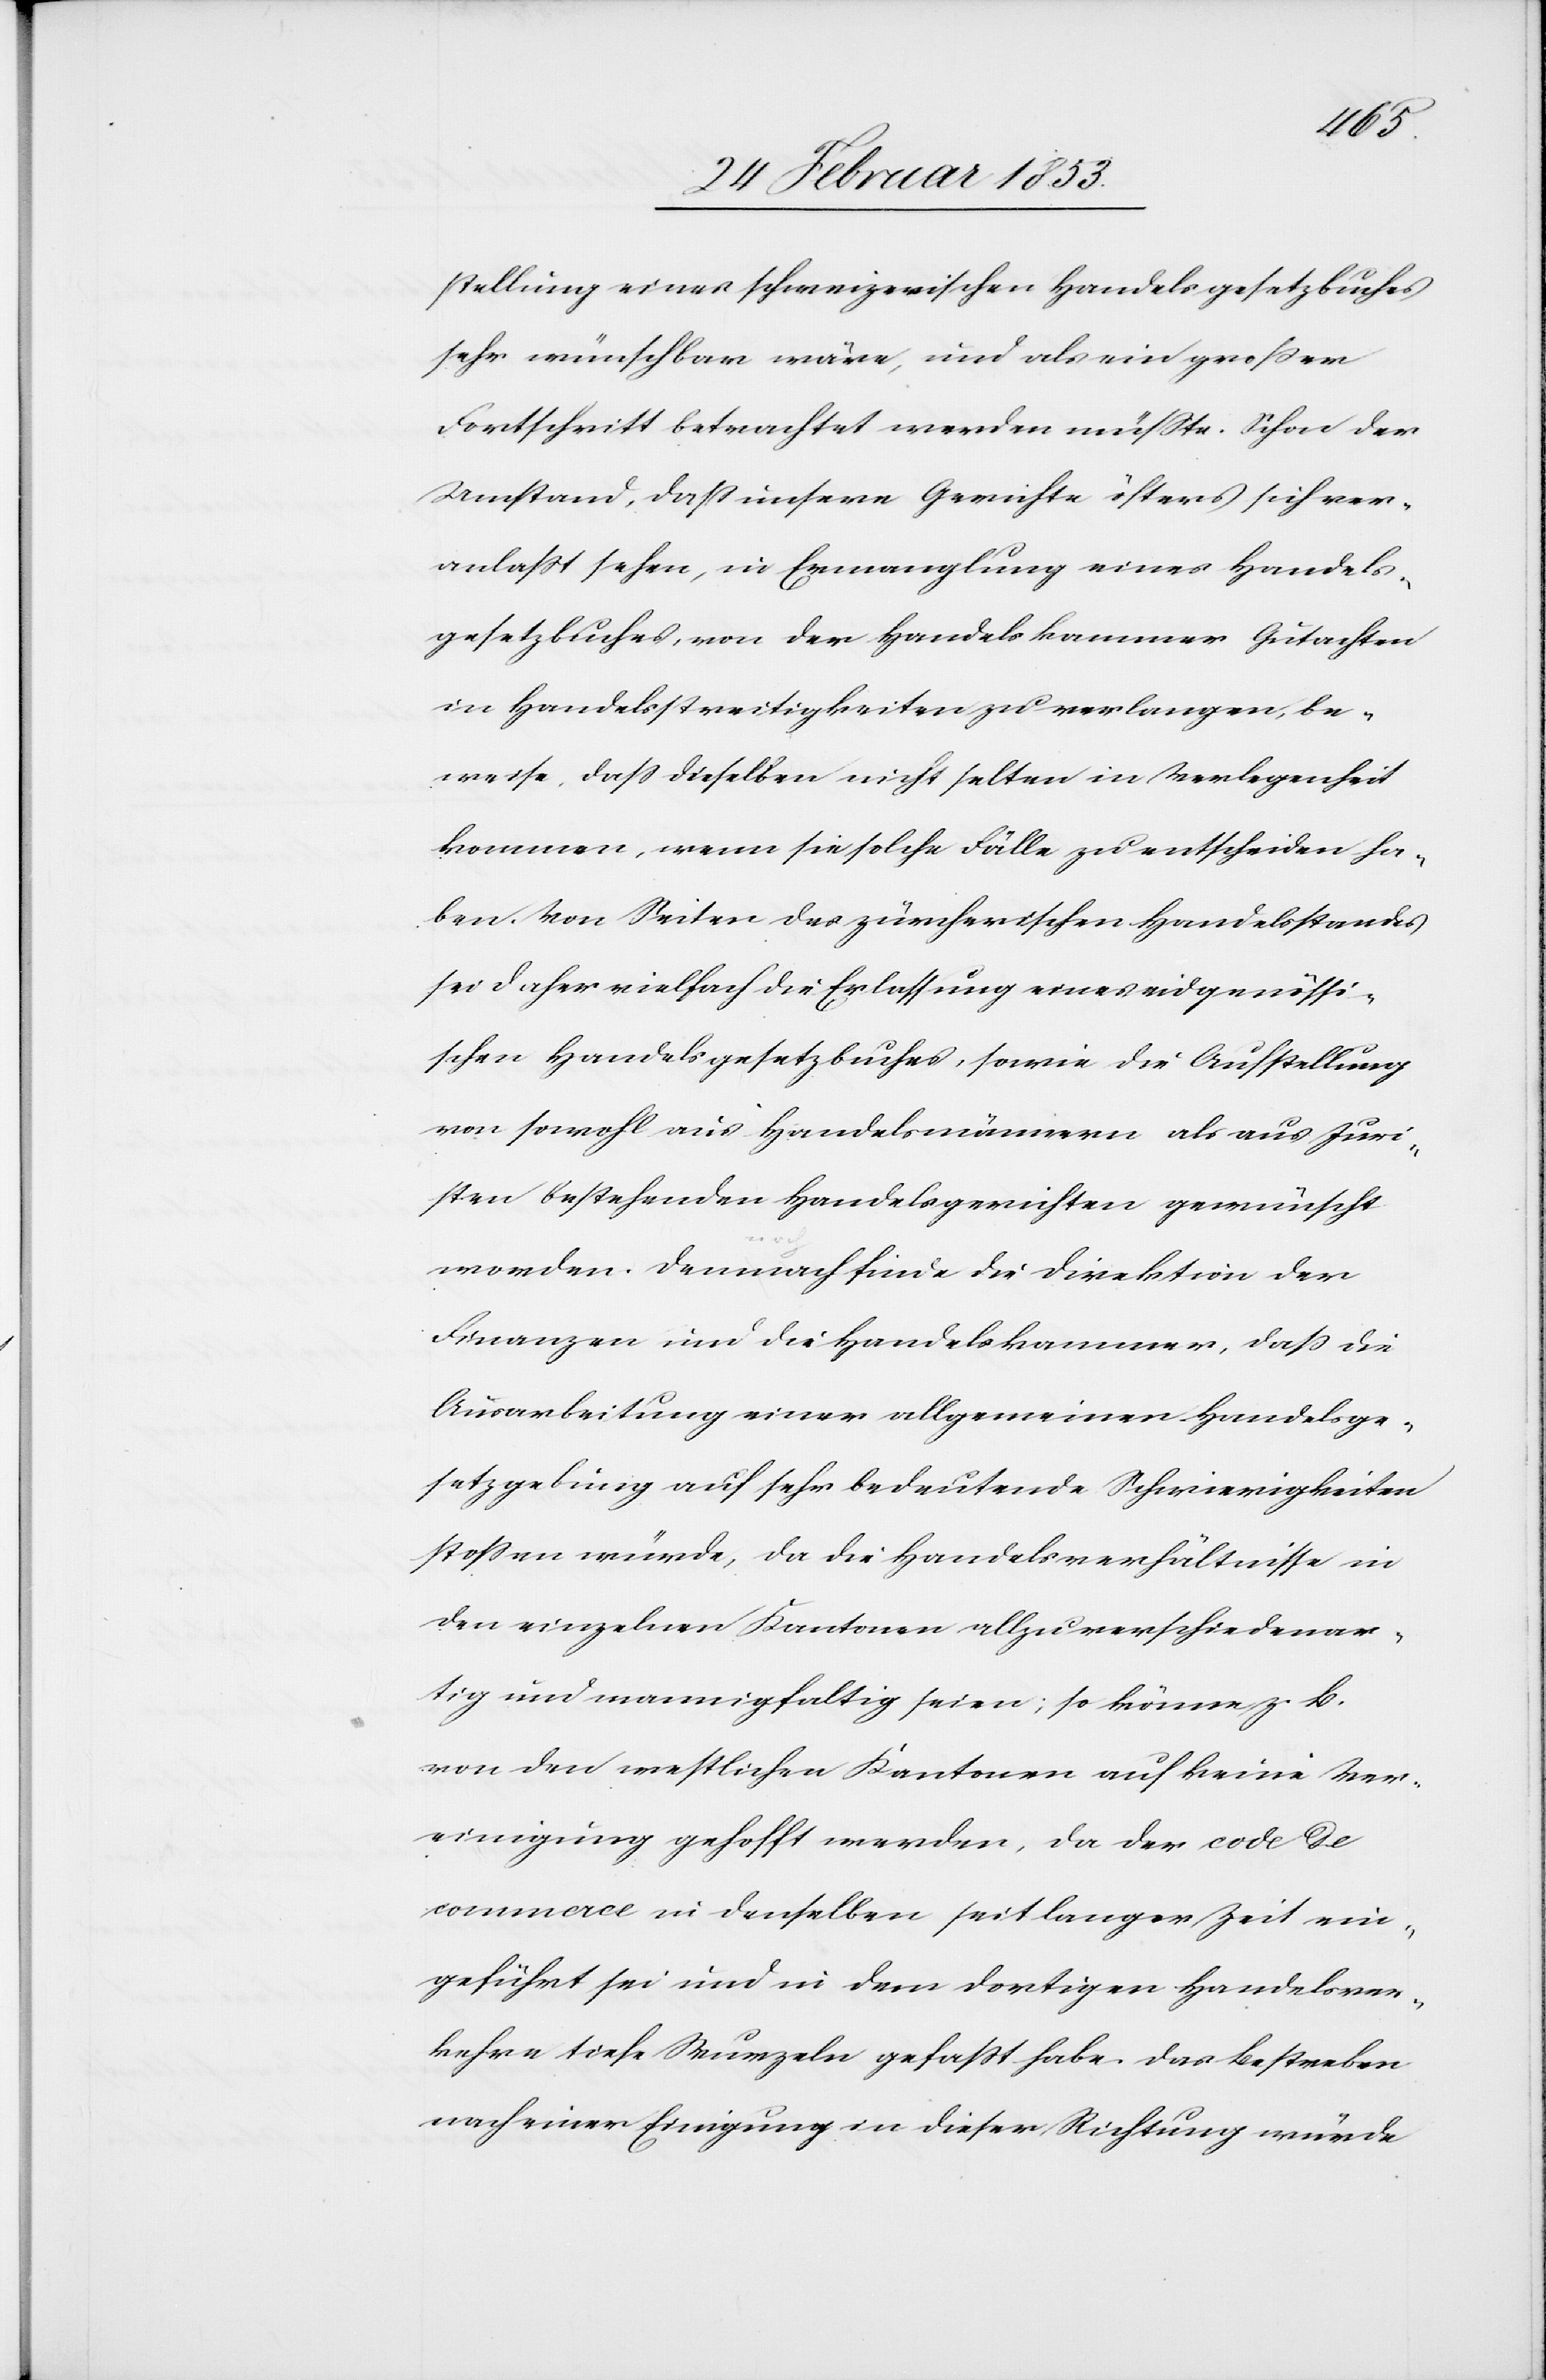
stellung eines schweizerischen Handelsgesetzbuches
sehr wünschbar wäre, und als ein großer
Fortschritt betrachtet werden müßte. Schon der
Umstand, daß unsere Gerichte öfters sich ver¬
anlaßt sehen, in Ermanglung eines Handels¬
gesetzbuches, von der Handelskammer Gutachten
in Handelsstreitigkeiten zu verlangen, be¬
weise, daß dieselben nicht selten in Verlegenheit
kommen, wenn sie solche Fälle zu entscheiden ha¬
ben. Von Seiten des zürcherischen Handelsstandes
sei daher vielfach die Erlassung eines eidgenössi¬
schen Handelsgesetzbuches, sowie die Aufstellung
von sowohl aus Handelsmännern als aus Juri¬
sten bestehenden Handelsgerichten gewünscht
worden. Demnach finde die Direktion der
Finanzen und die Handelskammer, daß die
Ausarbeitung einer allgemeinen Handelsge¬
setzgebung auf sehr bedeutende Schwierigkeiten
stoßen würde, da die Handelsverhältnisse in
den einzelnen Kantonen allzu verschiedenar¬
tig und mannigfaltig seien; so könne z. B.
von den westlichen Kantonen auf keine Ver¬
einigung gehofft werden, da der code de
commerce in denselben seit langer Zeit ein¬
geführt sei und in dem dortigen Handelsver¬
kehr tiefe Wurzeln gefaßt habe. Das Bestreben
nach einer Einigung in dieser Richtung würde